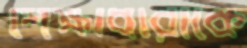
শিক্ষাধারাকে